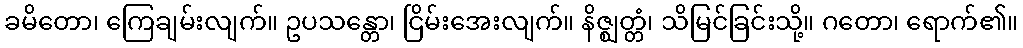
ခမိတော၊ ကြေချမ်းလျက်။ ဥပသန္တော၊ ငြိမ်းအေးလျက်။ နိဇ္ဈတ္တံ၊ သိမြင်ခြင်းသို့။ ဂတော၊ ရောက်၏။